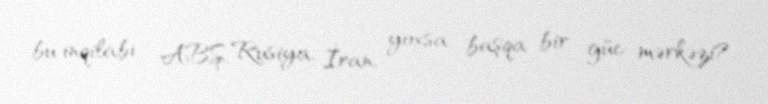
bu inqilabı - ABŞ, Rusiya, İran, yoxsa başqa bir güc mərkəzi?.